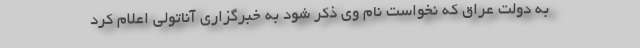
به دولت عراق که نخواست نام وی ذکر شود به خبرگزاری آناتولی اعلام کرد